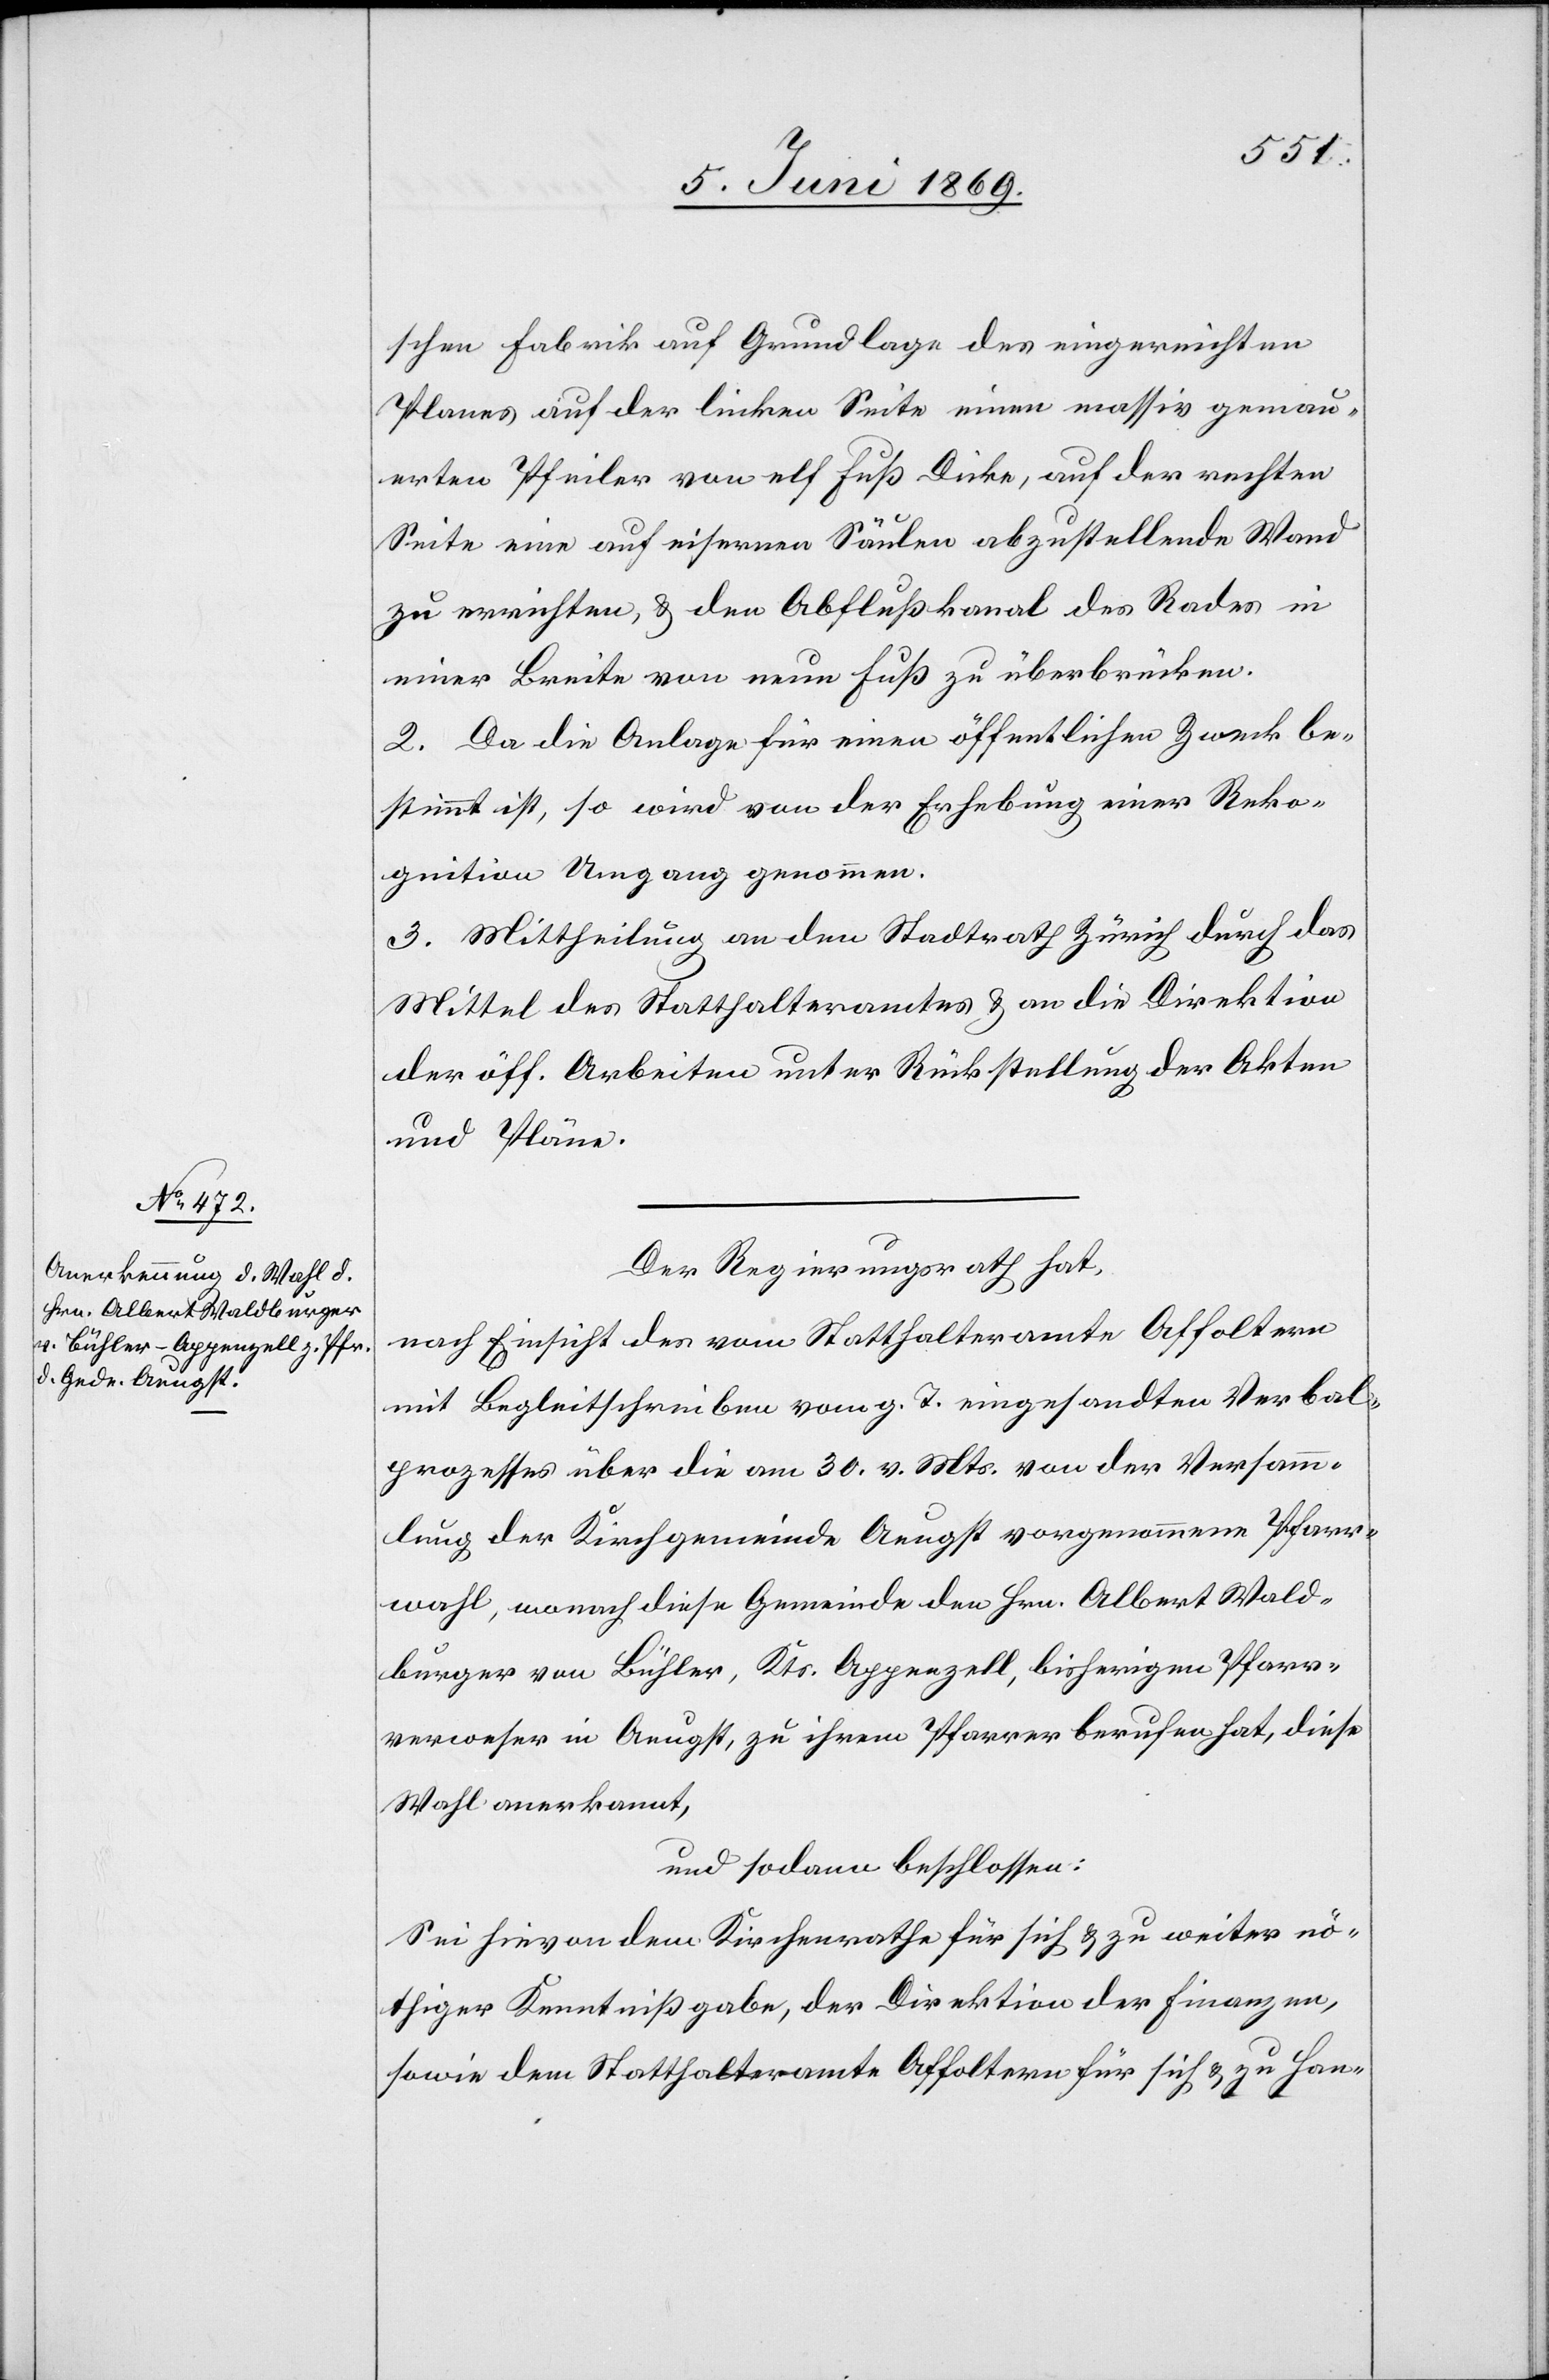
schen Fabrik auf Grundlage des eingereichten
Planes auf der linken Seite einen massiv gemau¬
erten Pfeiler von elf Fuß Dicke, auf der rechten
Seite eine auf eisernen Säulen abzustellende Wand
zu errichten, u. den Abflußkanal des Rades in
einer Breite von neun Fuß zu überbrücken.
2. Da die Anlage für einen öffentlichen Zweck be¬
stimmt ist, so wird von der Erhebung einer Reko¬
gnition Umgang genommen.
3. Mittheilung an den Stadtrath Zürich durch das
Mittel des Statthalteramtes u. an die Direktion
der öff. Arbeiten unter Rückstellung der Akten
und Pläne.
Der Regierungsrath hat,
nach Einsicht des vom Statthalteramte Affoltern
mit Begleitschreiben vom g. T. eingesandten Verbal¬
prozesses über die am 30. v. Mts. von der Versamm¬
lung der Kirchgemeinde Aeugst vorgenommenen Pfarr¬
wahl, wonach diese Gemeinde den Hrn. Albert Wald¬
burger von Bühler, Kts. Appenzell, bisherigen Pfarr¬
verweser in Aeugst, zu ihrem Pfarrer berufen hat, diese
Wahl anerkannt,
und sodann beschlossen:
Sei hievon dem Kirchenrathe für sich u. zu weiter nö¬
thiger Kenntnißgabe, der Direktion der Finanzen,
sowie dem Statthalteramte Affoltern für sich u. zu Han-